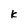
Character: K